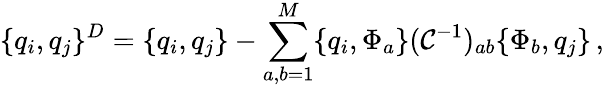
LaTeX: \{ q_{i},q_{j}\} ^{D}=\{ q_{i},q_{j}\} -\sum_{a,b=1}^{M}\{ q_{i},\Phi_{a}\} (\mathcal{C}^{-1})_{ab}\{ \Phi_{b},q_{j}\} \, ,